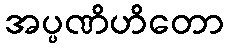
အပ္ပဏိဟိတော